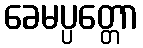
ခေမပ္ပတ္တော